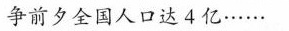
争前夕全国人口达4亿……